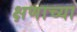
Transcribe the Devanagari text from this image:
क्षणाच्या